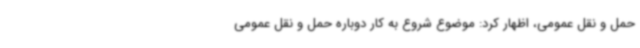
حمل و نقل عمومی، اظهار کرد: موضوع شروع به کار دوباره حمل و نقل عمومی